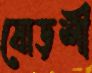
ষোড়শী